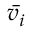
\boldsymbol { \bar { v _ { i } } }